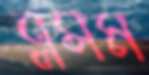
ব্লসম